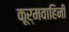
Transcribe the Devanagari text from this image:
कूर्मवाहिनी